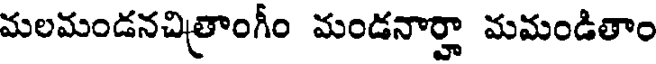
మలమండనచిత్రాంగీం మండనార్హా మమండితాం